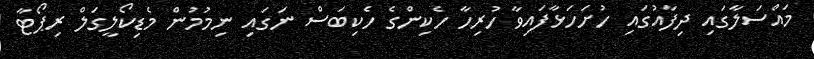
މައްސަލާގައި ދިފާއުގައި ހުށަހަޅާފައިވާ ހުރިހާ ހެކިންގެ ހެކިބަސް ނަގައި ނިމުމުން މެޑިކޯލީގަލް ރިޕޯޓާ